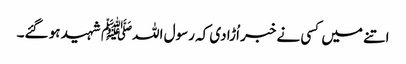
اتنے میں کسی نے خبر اُڑادی کہ رسول اللہﷺ شہید ہو گئے۔